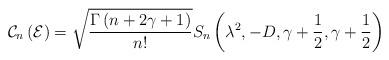
LaTeX: \begin{align*}\mathcal{C}_{n}\left( \mathcal{E}\right) =\sqrt{\frac{\Gamma \left(n+2\gamma +1\right) }{n!}}S_{n}\left( \lambda ^{2},-D,\gamma +\frac{1}{2},\gamma +\frac{1}{2}\right) \end{align*}